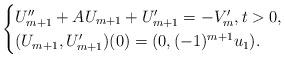
LaTeX: \begin{align*}\begin{cases}U_{m+1}''+AU_{m+1}+U_{m+1}'=-V_{m}', t>0,\\(U_{m+1},U_{m+1}')(0)=(0,(-1)^{m+1}u_1).\end{cases}\end{align*}